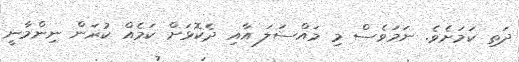
ދަތި ކަމަށެވެ. ނަމަވެސް މި މައްސަލަ އާއި ދެކޮޅަށް ކަމެއް ކުރަން ނިންމާނީ